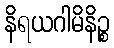
နိရယဂါမိနိဉ္စ